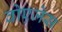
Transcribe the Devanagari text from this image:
वोएजेस